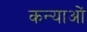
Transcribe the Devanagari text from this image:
कन्याओें